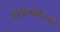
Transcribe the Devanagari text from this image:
चिरविश्रांतीस्थाने